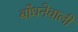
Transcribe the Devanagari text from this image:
बाँधनेवाली